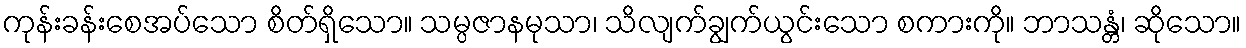
ကုန်းခန်းစေအပ်သော စိတ်ရှိသော။ သမ္ပဇာနမုသာ၊ သိလျက်ချွက်ယွင်းသော စကားကို။ ဘာသန္တံ၊ ဆိုသော။